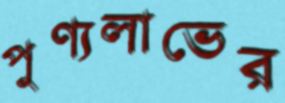
পুণ্যলাভের